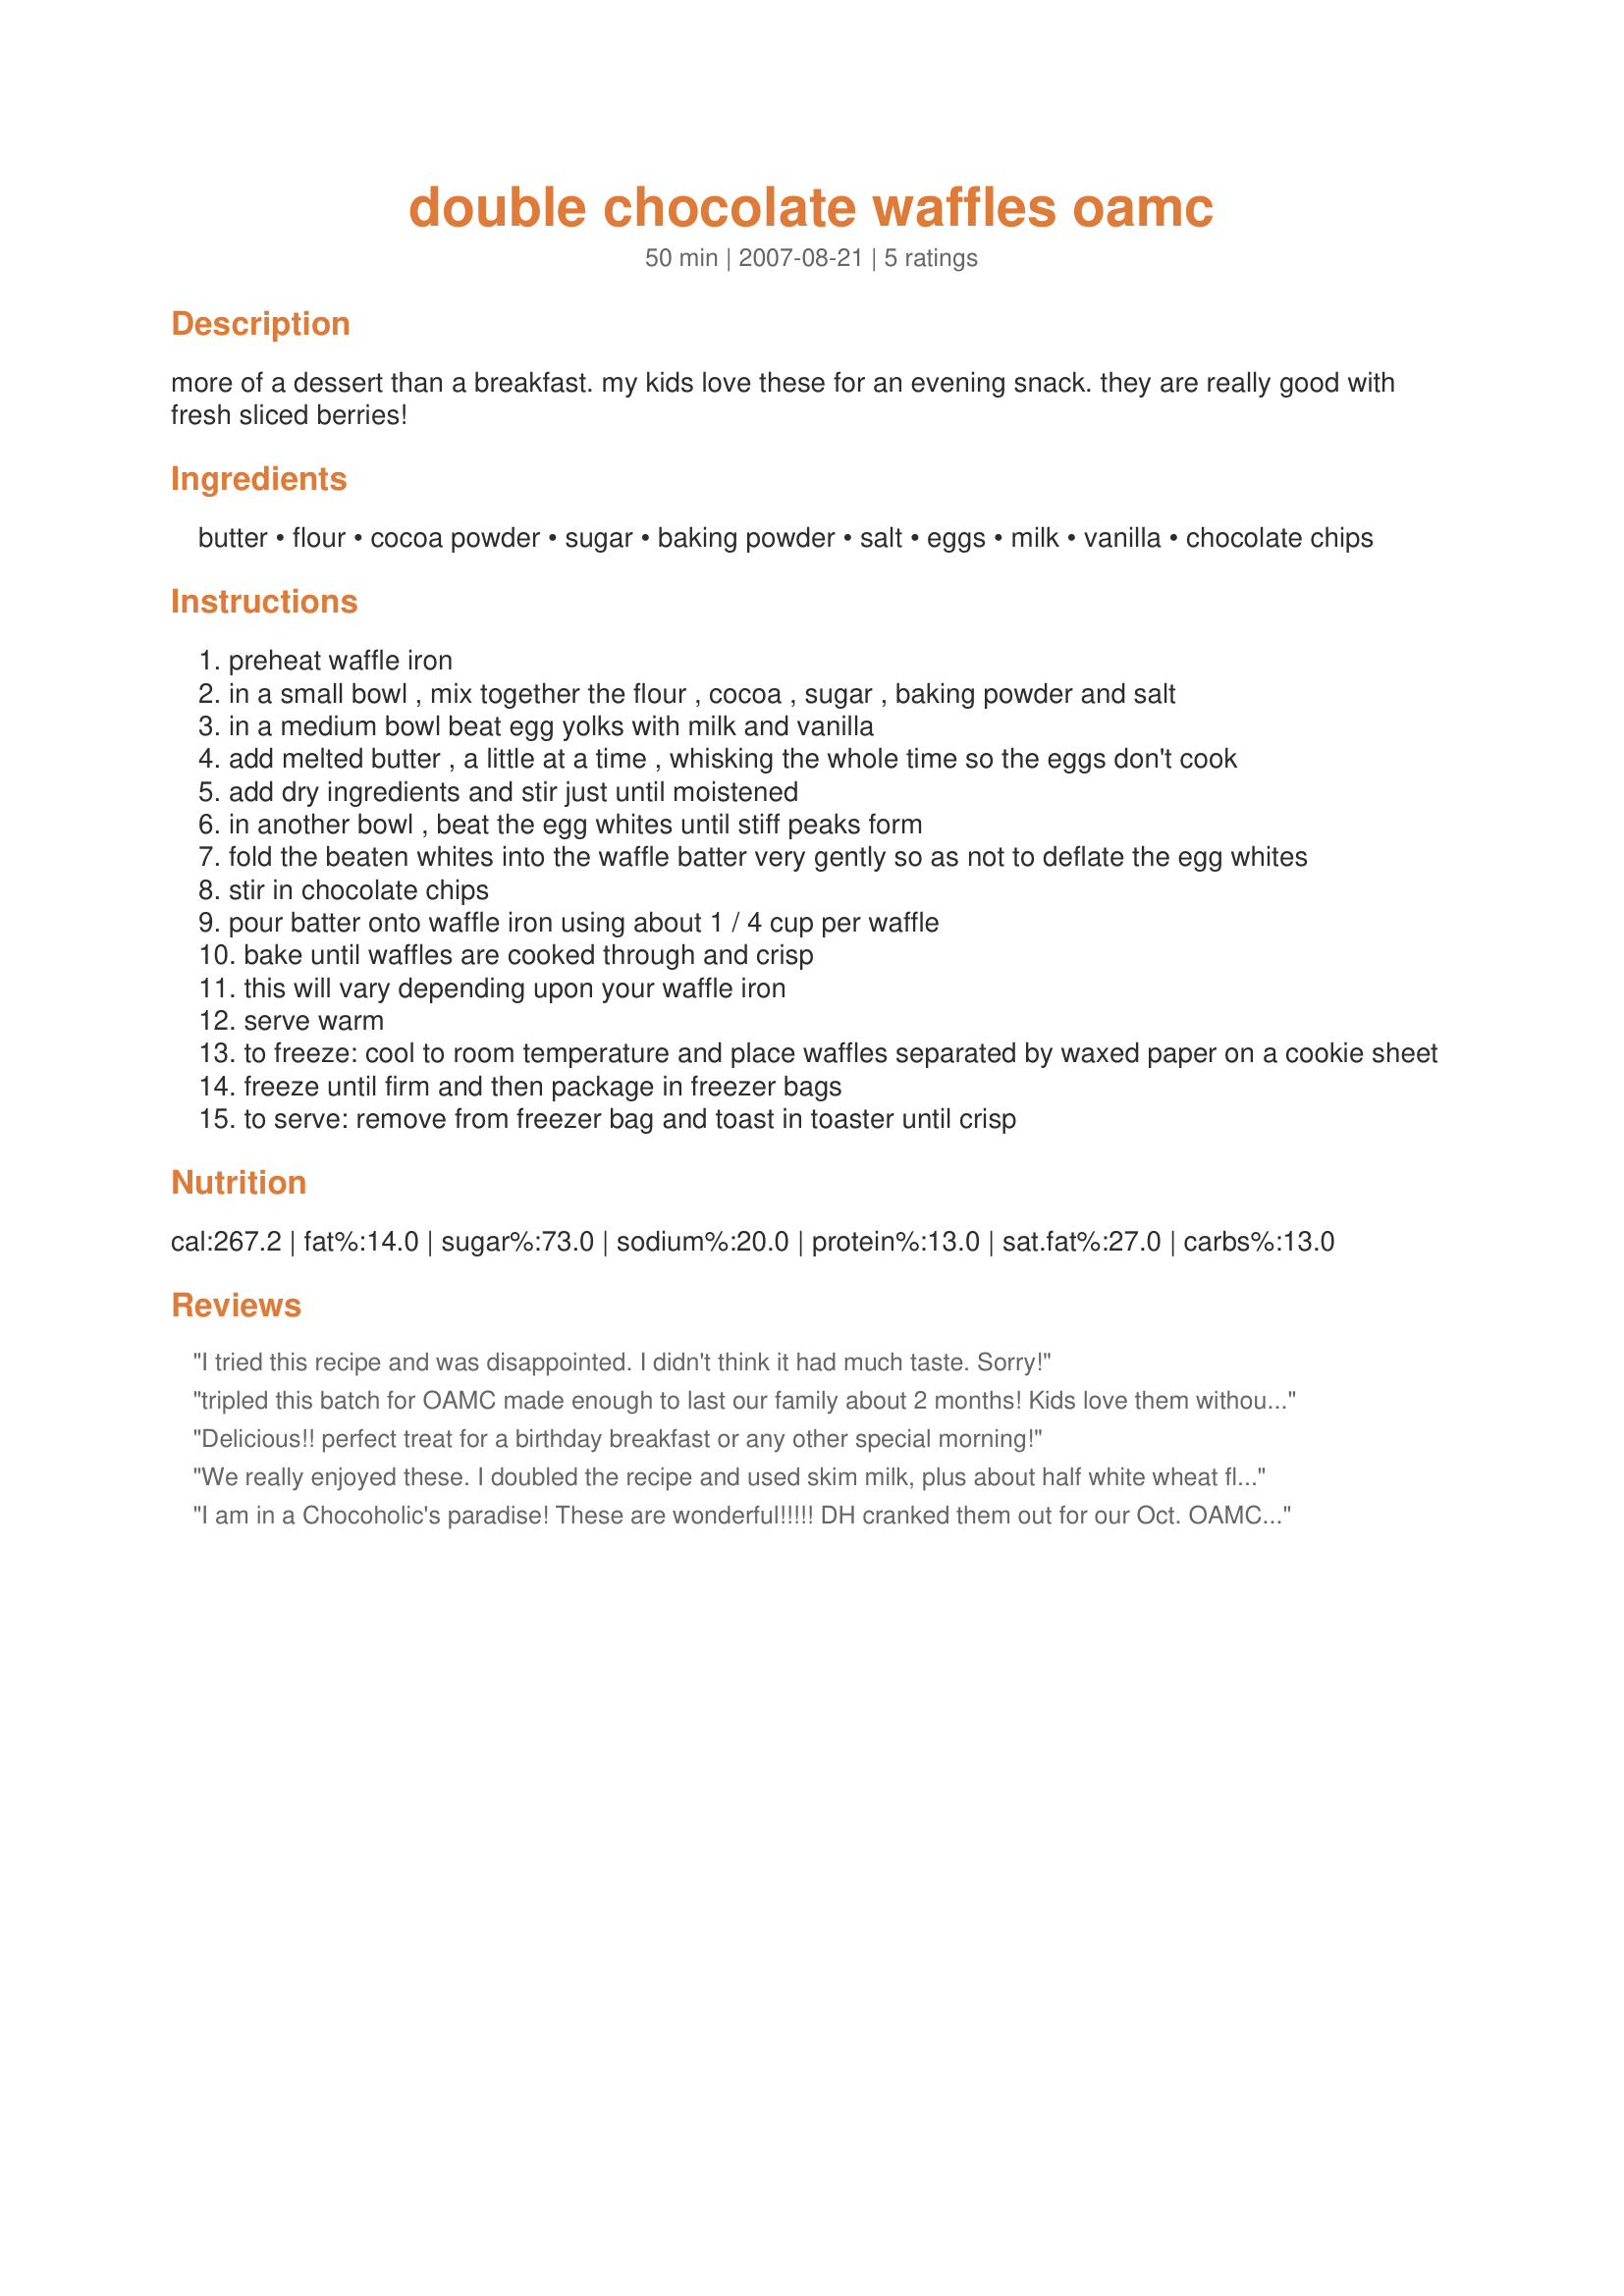
double chocolate waffles oamc
Preparation time: 50 minutes

more of a dessert than a breakfast. my kids love these for an evening snack. they are really good with fresh sliced berries!

Ingredients:
butter, flour, cocoa powder, sugar, baking powder, salt, eggs, milk, vanilla, chocolate chips

Steps:
preheat waffle iron
in a small bowl , mix together the flour , cocoa , sugar , baking powder and salt
in a medium bowl beat egg yolks with milk and vanilla
add melted butter , a little at a time , whisking the whole time so the eggs don't cook
add dry ingredients and stir just until moistened
in another bowl , beat the egg whites until stiff peaks form
fold the beaten whites into the waffle batter very gently so as not to deflate the egg whites
stir in chocolate chips
pour batter onto waffle iron using about 1 / 4 cup per waffle
bake until waffles are cooked through and crisp
this will vary depending upon your waffle iron
serve warm
to freeze: cool to room temperature and place waffles separated by waxed paper on a cookie sheet
freeze until firm and then package in freezer bags
to serve: remove from freezer bag and toast in toaster until crisp

Reviews:
I tried this recipe and was disappointed. I didn't think it had much taste. Sorry!
tripled this batch for OAMC made enough to last our family about 2 months! Kids love them without syrup. I used cinnamon chips instead of chocolate chips
Delicious!! perfect treat for a birthday breakfast or any other special morning!
We really enjoyed these. I doubled the recipe and used skim milk, plus about half white wheat flour. These are sweet but not too sweet. And I didn't find the batter very thin. A nice easy recipe to make extra. Some for now and some for later.
I am in a Chocoholic's paradise! These are wonderful!!!!! DH cranked them out for our Oct. OAMC. His only complaint was how thin the batter was: it makes the choco. chips sink to the bottom of the bowl. These are a little time consuming, but the end result is so worth the extra effort! (Yes, we all had to sample them before putting them in the deep freeze!) Thanks for posting, JillAZ.
